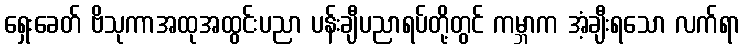
ရှေးခေတ် ဗိသုကာအထုအထွင်းပညာ ပန်းချီပညာရပ်တို့တွင် ကမ္ဘာက အံ့ချီးရသော လက်ရာ